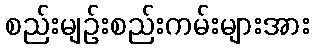
စည်းမျဉ်းစည်းကမ်းများအား